Annual administration report of the Civil Veterinary Department of India - 1896-1897
Year: 1896
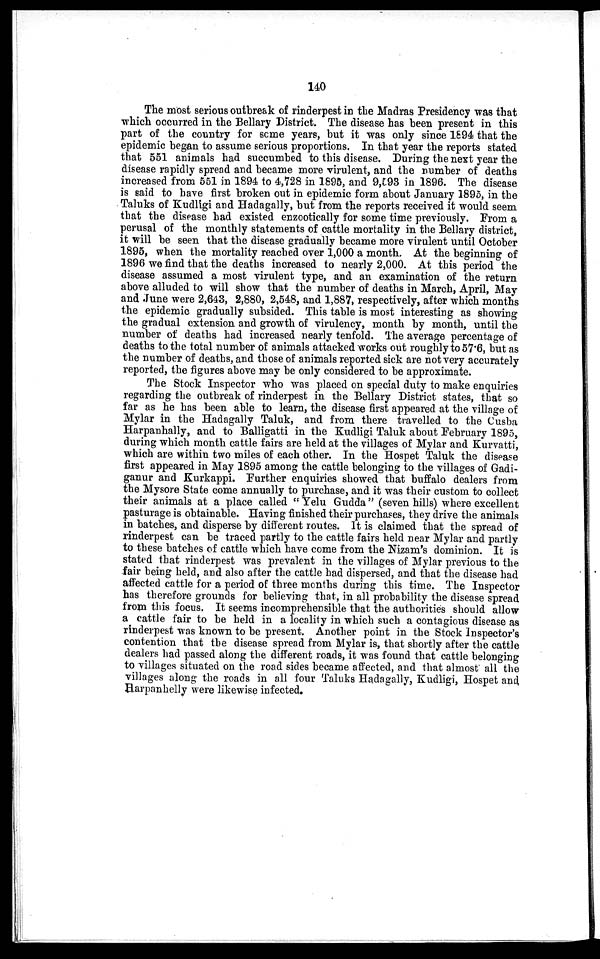
140
The most serious outbreak of rinderpest in the Madras Presidency was that
which occurred in the Bellary District. The disease has been present in this
part of the country for some years, but it was only since 1894 that the
epidemic began to assume serious proportions. In that year the reports stated
that 551 animals had succumbed to this disease. During the next year the
disease rapidly spread and became more virulent, and the number of deaths
increased from 551 in 1894 to 4,728 in 1895, and 9,593 in 1896. The disease
is said to have first broken out in epidemic form about January 1895, in the
Taluks of Kudligi and Hadagally, but from the reports received it would seem
that the disease had existed enzootically for some time previously. From a
perusal of the monthly statements of cattle mortality in the Bellary district,
it will be seen that the disease gradually became more virulent until October
1895, when the mortality reached over 1,000 a month. At the beginning of
1896 we find that the deaths increased to nearly 2,000. At this period the
disease assumed a most virulent type, and an examination of the return
above alluded to will show that the number of deaths in March, April, May
and June were 2,643, 2,880, 2,548, and 1,887, respectively, after which months
the epidemic gradually subsided. This table is most interesting as showing
the gradual extension and growth of virulency, month by month, until the
number of deaths had increased nearly tenfold. The average percentage of
deaths to the total number of animals attacked works out roughly to 57.6, but as
the number of deaths, and those of animals reported sick are not very accurately
reported, the figures above may be only considered to be approximate.
The Stock Inspector who was placed on special duty to make enquiries
regarding the outbreak of rinderpest in the Bellary District states, that so
far as he has been able to learn, the disease first appeared at the village of
Mylar in the Hadagally Taluk, and from there travelled to the Cusba
Harpanhally, and to Balligatti in the Kudligi Taluk about February 1895,
during which month cattle fairs are held at the villages of Mylar and Kurvatti,
which are within two miles of each other. In the Hospet Taluk the disease
first appeared in May 1895 among the cattle belonging to the villages of Gadi-
ganur and Kurkappi. Further enquiries showed that buffalo dealers from
the Mysore State come annually to purchase, and it was their custom to collect
their animals at a place called "Yelu Gudda" (seven hills) where excellent
pasturage is obtainable. Having finished their purchases, they drive the animals
in batches, and disperse by different routes. It is claimed that the spread of
rinderpest can be traced partly to the cattle fairs held near Mylar and partly
to these batches of cattle which have come from the Nizam's dominion. It is
stated that rinderpest was prevalent in the villages of Mylar previous to the
fair being held, and also after the cattle had dispersed, and that the disease had
affected cattle for a period of three months during this time. The Inspector
has therefore grounds for believing that, in all probability the disease spread
from this focus. It seems incomprehensible that the authorities should allow
a cattle fair to be held in a locality in which such a contagious disease as
rinderpest was known to be present. Another point in the Stock Inspector's
contention that the disease spread from Mylar is, that shortly after the cattle
dealers had passed along the different roads, it was found that cattle belonging
to villages situated on the road sides became affected, and that almost all the
villages along the roads in all four Taluks Hadagally, Kudligi, Hospet and
Harpanhelly were likewise infected.